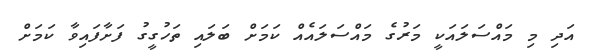
އަދި މި މައްސަލައަކީ މަރުގެ މައްސަލައެއް ކަމަށް ބަލައި ތަހުގީގު ފަށާފައިވާ ކަމަށް